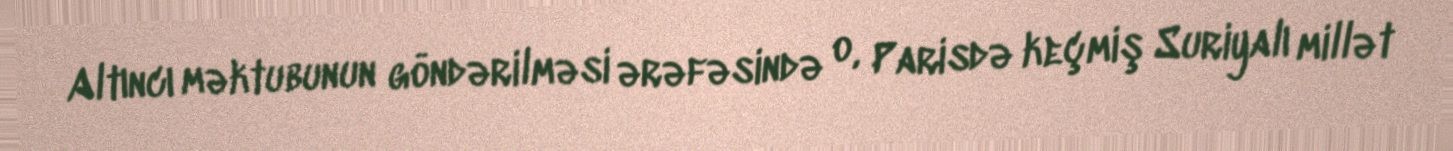
Altıncı məktubunun göndərilməsi ərəfəsində o, Parisdə keçmiş Suriyalı millət